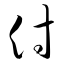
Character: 付